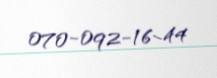
070-092-16-44